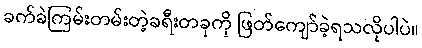
ခက်ခဲကြမ်းတမ်းတဲ့ခရီးတခုကို ဖြတ်ကျော်ခဲ့ရသလိုပါပဲ။